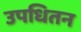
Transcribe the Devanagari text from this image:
उपधितन